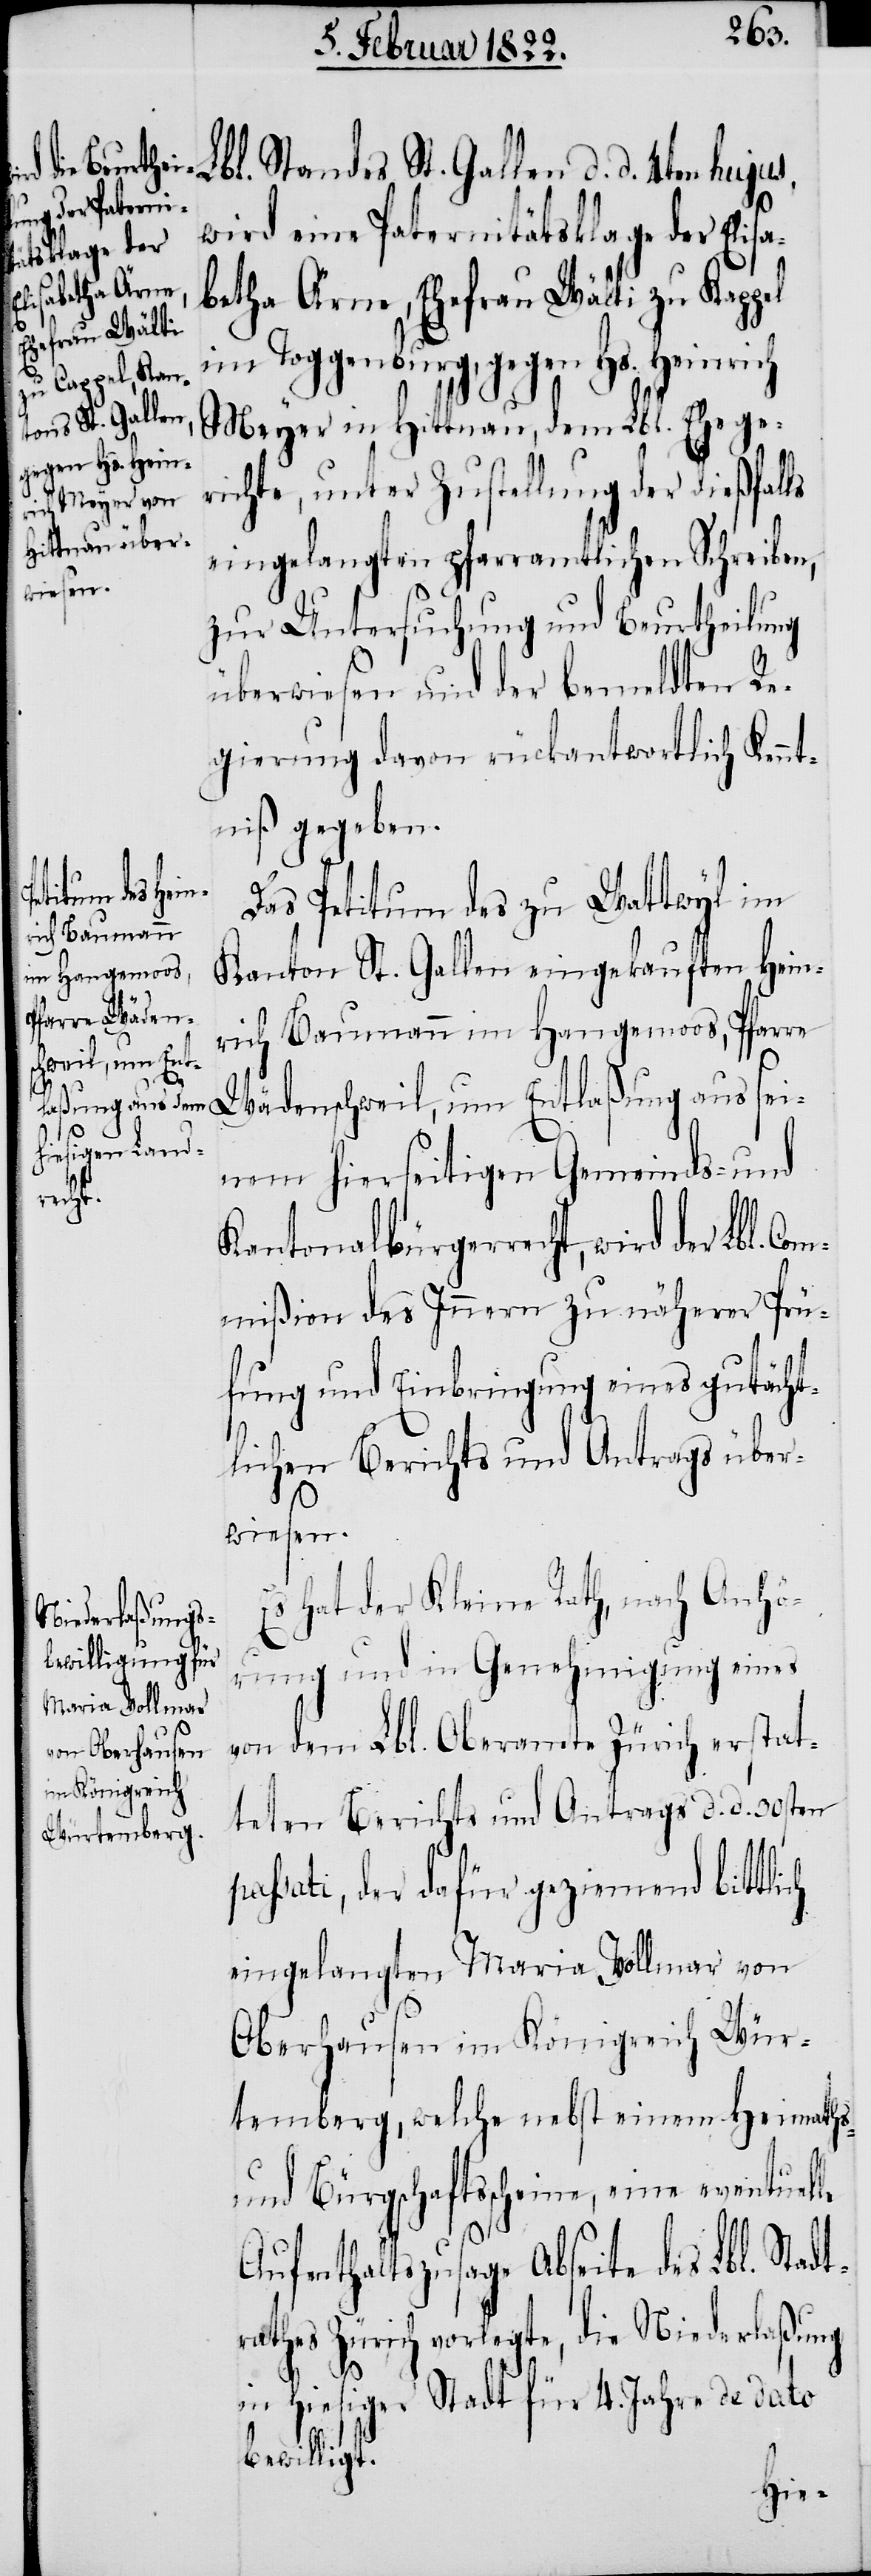
Lbl. Standes St. Gallen d. d. 4ten hujus,
wird eine Paternitätsklage der Elis¬
betha Ärne, Ehefrau Wälti zu Kappel
im Toggenburg, gegen Hs. Heinrich
Meyer in Hittnau, dem Lbl. Ehege¬
richte, unter Zustellung der dießfalls
eingelangten pfarramtlichen Schreiben,
zur Untersuchung und Beurtheilung
überwiesen und der bemeldten Re¬
gierung davon rückantwortlich Kennt¬
niß gegeben.
der Lbl. Com¬
Das Petitum des zu Wattwyl im
Kanton St. Gallen eingekauften Hein¬
rich Baumann im Hangemoos, Pfarre
Wädenschweil, um Entlaßung aus sei¬
nem hierseitigen Gemeinds- und
recht,
mißion des Innern zu näherer Prü¬
fung und Einbringung eines gutächt¬
lichen Berichts und Antrags über¬
t¬
wiesen.
Es hat der Kleine Rath, nach Anhö¬
rung und in Genehmigung eines
von dem Lbl. Oberamte Zürich erstat¬
teten Berichts und Antrags d. d. 30sten
passati, der dafür geziemend bittli¬
eingelangten Maria Vollmar von
Oberhausen im Königreich Wür¬
temberg, welche nebst einem Heimaths-
und Bürgschaftsscheine, eine eventuelle
Aufenthaltszusage Abseite des Lbl. Stad¬
rathes Zürich vorlegte, die Niederlaßung
in hiesiger Stadt für 4. Jahre de dato
bewilligt.